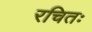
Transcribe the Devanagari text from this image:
रचितः